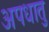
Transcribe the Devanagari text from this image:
अपधातु